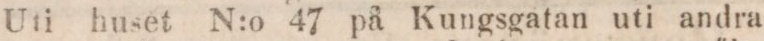
Uti huset N:o 47 på Kungsgatan uti andra